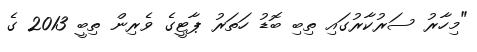
"މިހާރު ސަރުކާރުގައި ތިބި ބޮޑު ހަތަރު ޕާޓީގެ ވެރިން ތިބީ 2013 ގެ